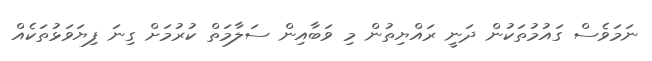
ނަމަވެސް ގައުމުތަކުން ދަނީ ރައްޔިތުން މި ވަބާއިން ސަލާމަތް ކުރުމަށް ގިނަ ފިޔަވަޅުތަކެއް